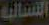
النسائية